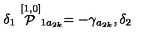
\delta _ { 1 } \stackrel { [ 1 , 0 ] } { \cal P } _ { 1 a _ { 2 k } } = - \gamma _ { a _ { 2 k } } , \delta _ { 2 }